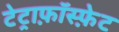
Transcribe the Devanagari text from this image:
टेट्राफ़ॉस्फ़ेट